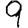
Digit: 9